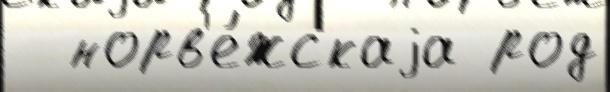
  норв'е́жскаjа род